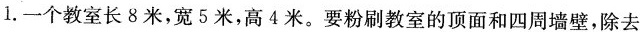
1. 一个教室长 8 米，宽 5 米，高 4 米。要粉刷教室的顶面和四周墙壁，除去